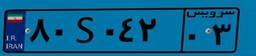
۹۸S۸۵۳۰۰